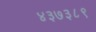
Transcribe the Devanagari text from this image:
४३७३८९